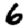
Digit: 6